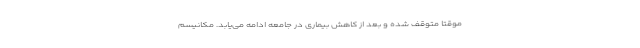
موقتا متوقف شده و بعد از کاهش بیماری در جامعه ادامه می‌یابد. مکانیسم